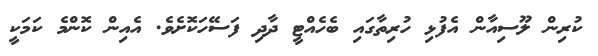
ކުރިން ލޫސިއާން އެފުޅި ހުރިތާގައި ބެހެއްޓީ ދާދި ފަސޭހަކޮށެވެ. އެއިން ކޮންމެ ކަމަކީ